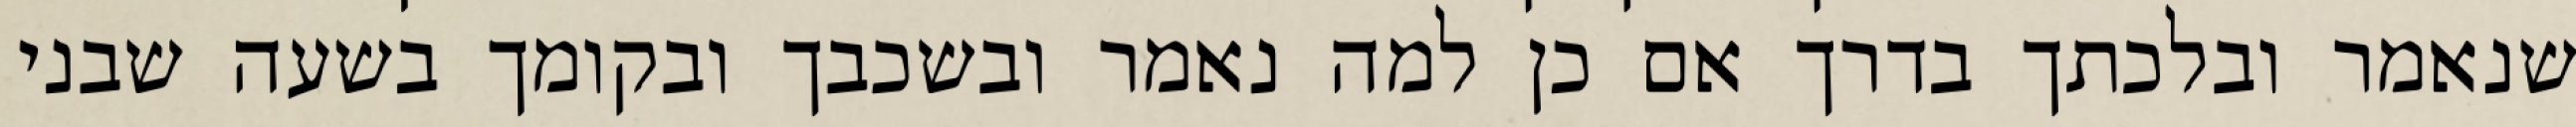
שנאמר ובלכתך בדרך אם כן למה נאמר ובשכבך ובקומך בשעה שבני